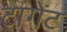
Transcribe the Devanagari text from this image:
टागेंट